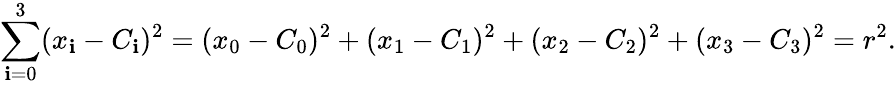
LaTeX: \sum_{\mathbf{i}=0}^{3}(x_{\mathbf{i}}-C_{\mathbf{i}})^{2}=(x_{0}-C_{0})^{2}+(x_{1}-C_{1})^{2}+(x_{2}-C_{2})^{2}+(x_{3}-C_{3})^{2}=r^{2}.